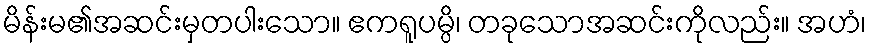
မိန်းမ၏အဆင်းမှတပါးသော။ ဧကရူပမ္ပိ၊ တခုသောအဆင်းကိုလည်း။ အဟံ၊